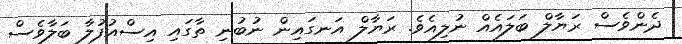
ދެންވެސް ރަޔާލް ބަލައެއް ނުލިއެވެ. ރަޔާލް އަނގައިން ނުބުނި ތާގައި އިސްއުފުލާ ބަލާވެސް